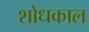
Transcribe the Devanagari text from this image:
शोधकाल